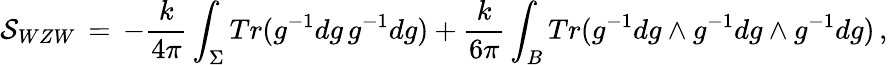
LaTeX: {\cal S}_{WZW}\, =\, -\frac{k}{4\pi}\int_{\Sigma}Tr(g^{-1}dg\, g^{-1}dg)+\frac{k}{6\pi}\int_{B}Tr(g^{-1}dg\wedge g^{-1}dg\wedge g^{-1}dg)\, ,